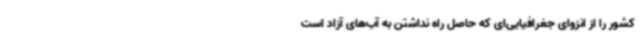
کشور را از انزوای جغرافیایی‌ای که حاصل راه نداشتن به آب‌های آزاد است